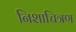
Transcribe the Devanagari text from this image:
निशाचित्रण